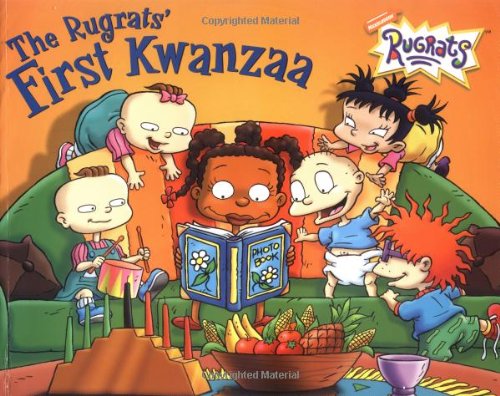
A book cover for The Rugrats' First Kwanzaa; Stephanie Greene; Children's Books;